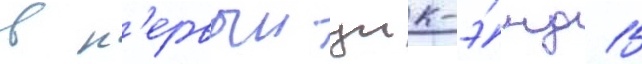
в п'ервыи уик-э́нд 15